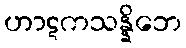
ဟာဋကသန္နိဘေ